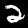
Digit: 2